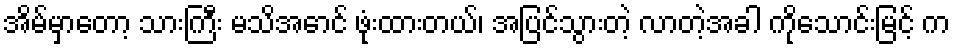
အိမ်မှာတော့ သားကြီး မသိအောင် ဖုံးထားတယ်၊ အပြင်သွားတဲ့ လာတဲ့အခါ ကိုသောင်းမြင့် က